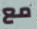
مع